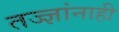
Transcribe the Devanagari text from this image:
तज्‍ज्ञांनाही